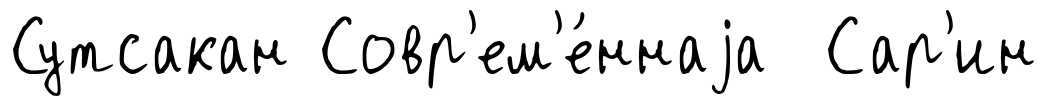
Сутсакан Совр'ем'е́ннаjа Сар'ин